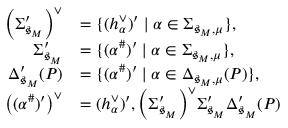
\begin{array} { r l } { \left( \Sigma _ { \mathfrak { s } _ { M } } ^ { \prime } \right) ^ { \vee } } & { = \{ ( h _ { \alpha } ^ { \vee } ) ^ { \prime } \mid \alpha \in \Sigma _ { \mathfrak { s } _ { M } , \mu } \} , } \\ { \Sigma _ { \mathfrak { s } _ { M } } ^ { \prime } } & { = \{ ( \alpha ^ { \# } ) ^ { \prime } \mid \alpha \in \Sigma _ { \mathfrak { s } _ { M } , \mu } \} , } \\ { \Delta _ { \mathfrak { s } _ { M } } ^ { \prime } ( P ) } & { = \{ ( \alpha ^ { \# } ) ^ { \prime } \mid \alpha \in \Delta _ { \mathfrak { s } _ { M } , \mu } ( P ) \} , } \\ { \left( ( \alpha ^ { \# } ) ^ { \prime } \right) ^ { \vee } } & { = ( h _ { \alpha } ^ { \vee } ) ^ { \prime } , \index { \left( \Sigma _ { \mathfrak { s } _ { M } } ^ { \prime } \right) ^ { \vee } } \index { \Sigma _ { \mathfrak { s } _ { M } } ^ { \prime } } \index { \Delta _ { \mathfrak { s } _ { M } } ^ { \prime } ( P ) } } \end{array}